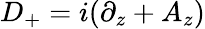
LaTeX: D_{+}=i(\partial_{z}+A_{z})